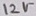
Text: 12V